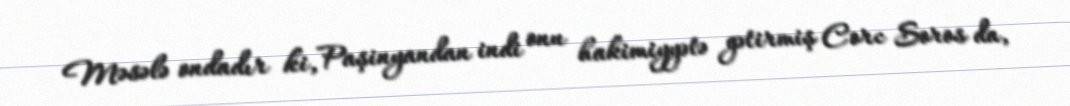
Məsələ ondadır ki, Paşinyandan indi onu hakimiyyətə gətirmiş Corc Soros da,